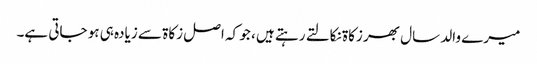
میرے والد سال بھر زکاۃ نکالتے رہتے ہیں ، جو کہ اصل زکاۃ سے زیادہ ہی ہو جاتی ہے۔